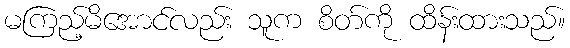
မကြည့်မိအောင်လည်း သူက စိတ်ကို ထိန်းထားသည်။